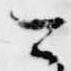
可